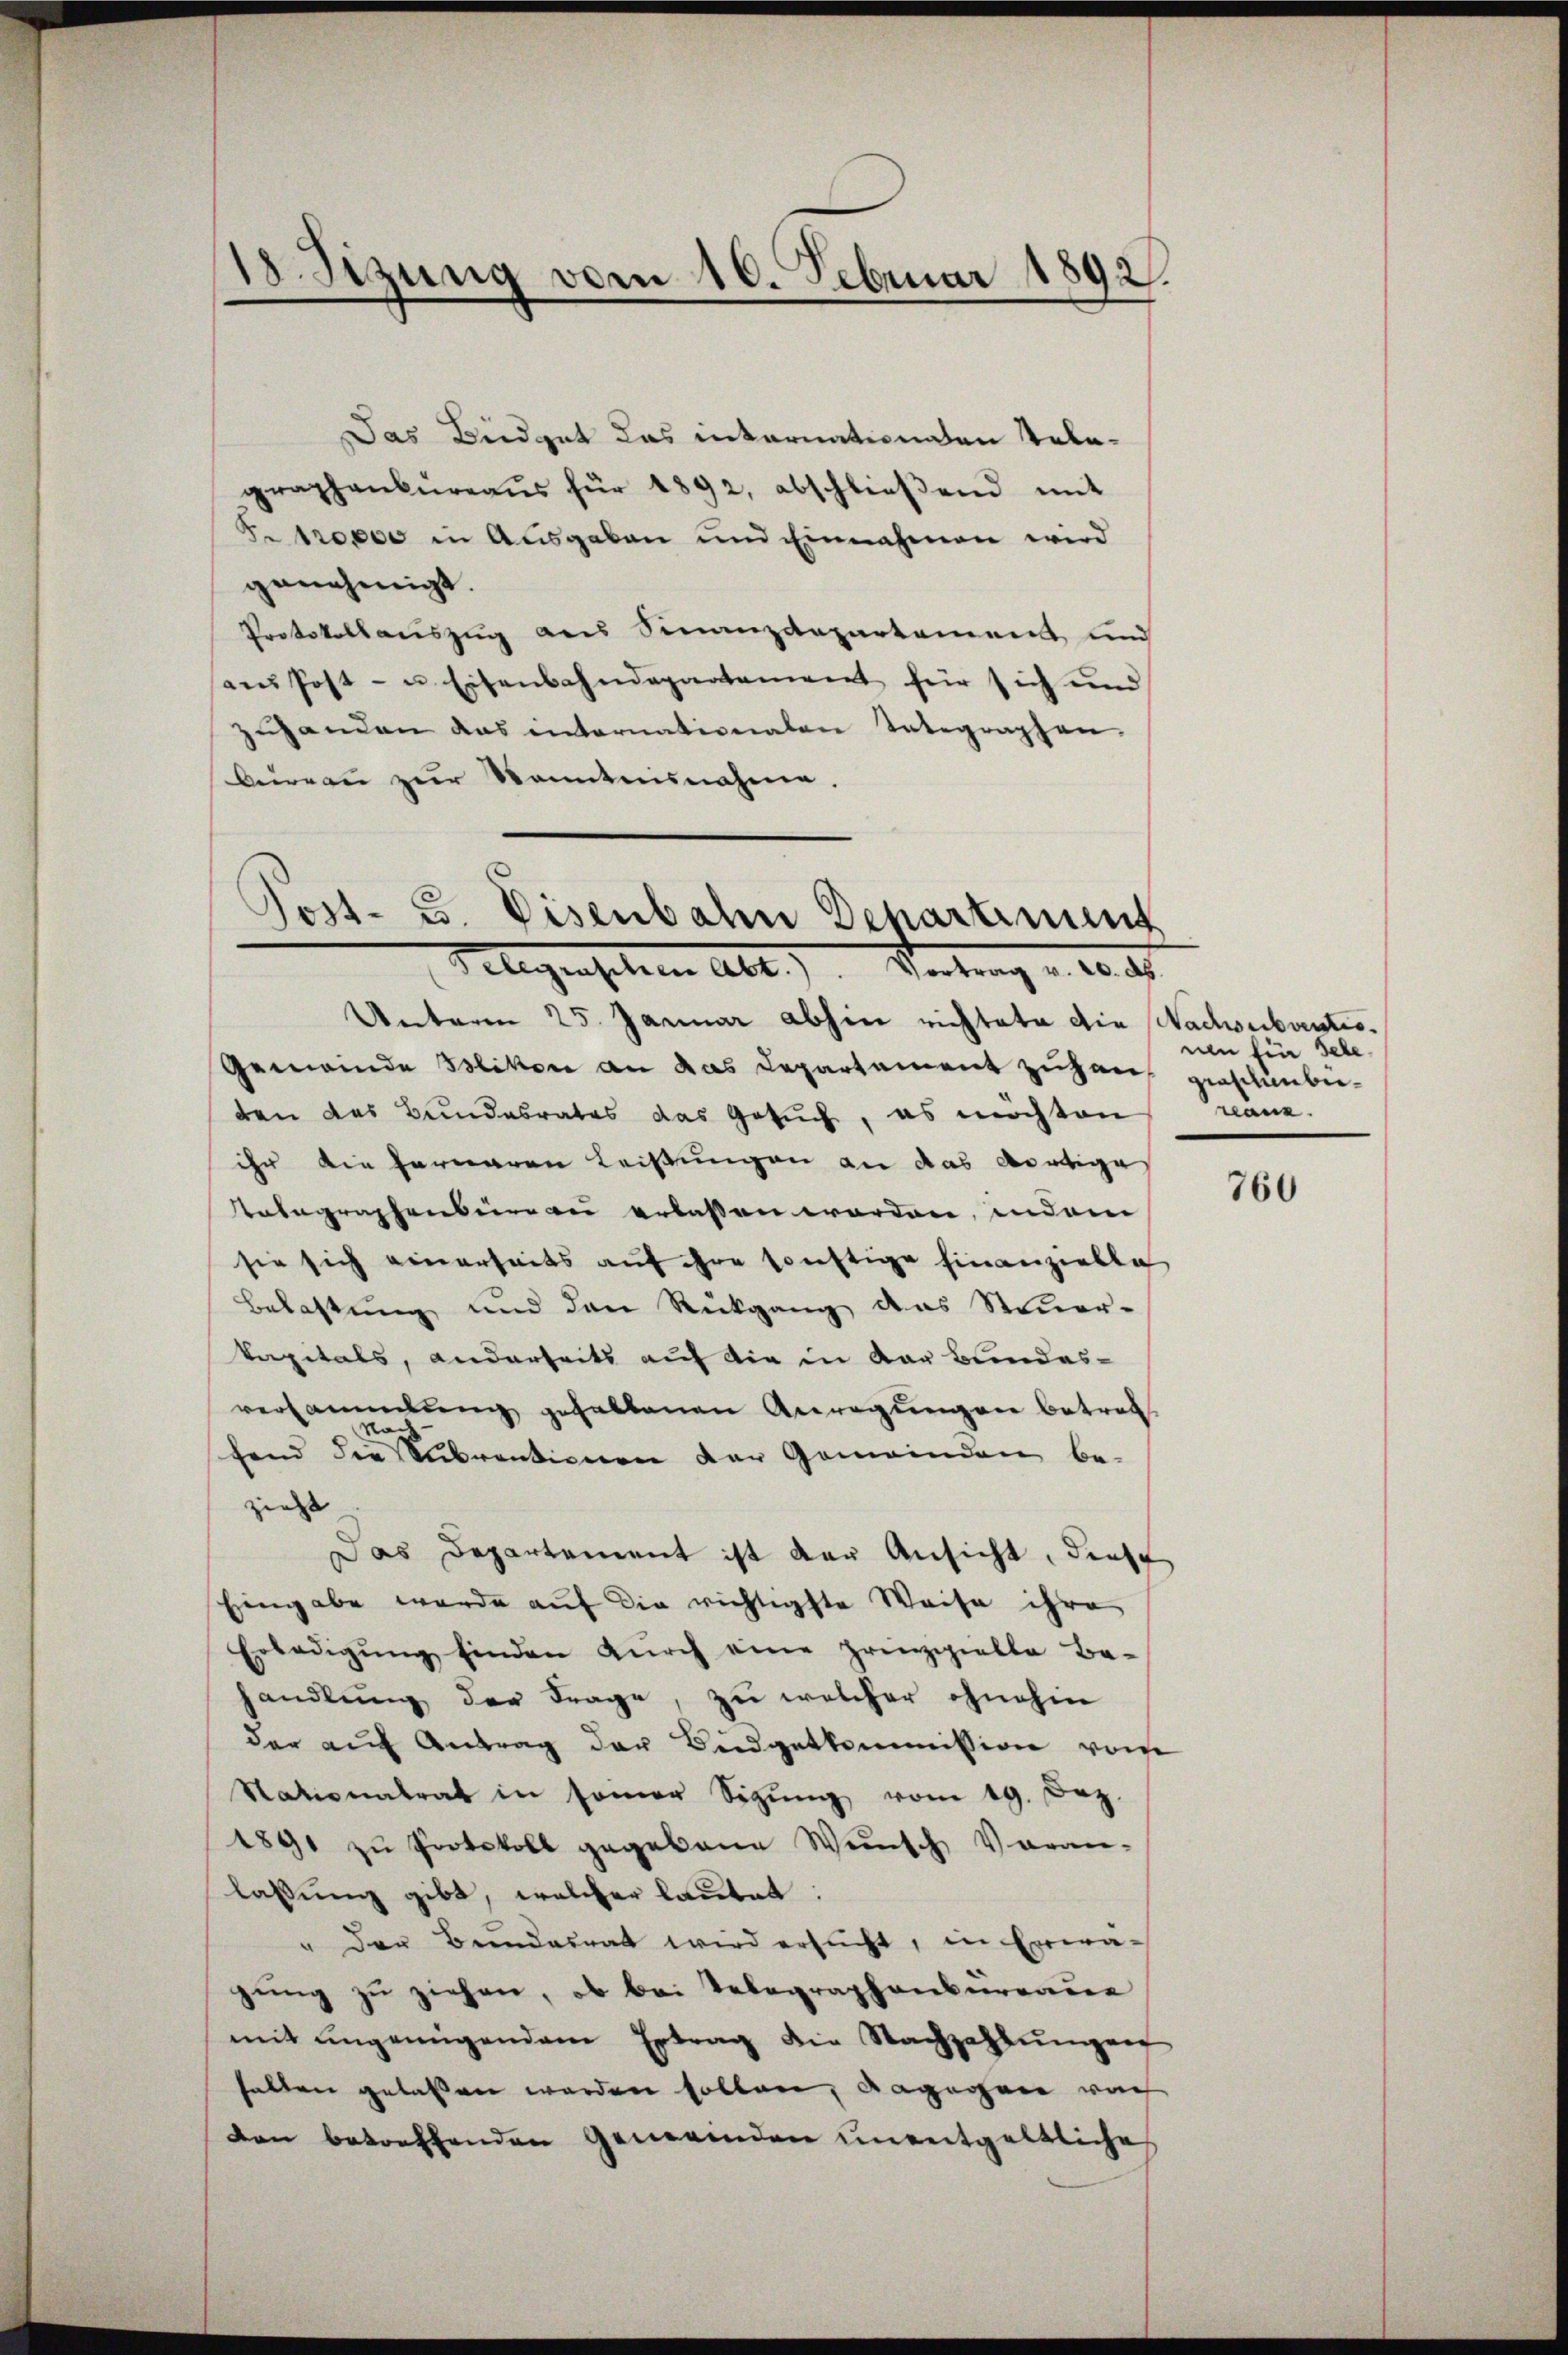
18. Sizung vom 10. Februar 1892.

Das Büdget das internationnen Talagraphenbüreaŭs für 1892, abschlieβend mit
Fr trocio in Ausgaben und Einnahmen wird
genehmigt.
Protokollauszug aus Finanzdepartement und
a Post- u. Eisenbahndepartement für sich und
ehanden das internationalen Integraphen.
bureau zur Kenntnisnahme.

Post- u Eisenbahn Departiment
Flegenschen Abt.). Vertrag v. 10. d.

Unteren 25. Januar abhin richtete die Nachsubventes.
Gemeinde Bslikon an das Departement zuhaus geschenbieten das Bundesrates das Gesuch, es möchten
ihr die ferneren Leistungen an das dortige
Ratagraphenbüreau erlassen worden, indem
sie sich einerseits auf ihre sonstige hinanzielle
Belastung und den Rückgang des Steŭer-
krepitals, anderseits auf die in der Bundes-
versammlung gehaltenen Anregŭngen betret
Nach
fend die Subventionen der Gemeinden be-
zieht |
Das Departement ist der Ansicht, diese
Eingabe werde auf die richtigste Weise ihre
Erledigŭng finden dŭrch eine prinzipielle Be-
andlung der Frage, zu welcher ohnehin
der auf Antrag der Budgetkommission vom
Stationalrat in seiner Sigŭng vom 19. Dez.
1891 zŭ Protokoll gegebene Wünsch Voran-
lassung gibt, welcher lautet:
" der Bundesrat wird ersucht, in Erwagung zu ziehen, ob bei Telegraphenburgaue
mit angenügendem Ertrag die Nachzahlŭngen
halten gelassen werden sollen, dagegen von
den betreffenden Gemeinden unentgeltliche

nen für sehe
reanz.

760